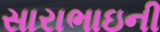
સારાભાઇની